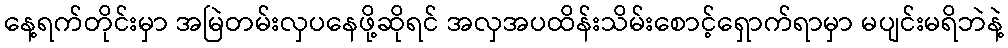
နေ့ရက်တိုင်းမှာ အမြဲတမ်းလှပနေဖို့ဆိုရင် အလှအပထိန်းသိမ်းစောင့်ရှောက်ရာမှာ မပျင်းမရိဘဲနဲ့